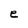
Character: e